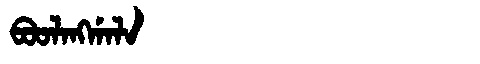
Manchu: ᠪᠣᠣᠯᠠᠩᡤᠠᠯᠠ
Romanization: BOOLANGGALA